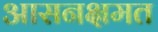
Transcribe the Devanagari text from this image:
आसनक्षमत